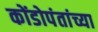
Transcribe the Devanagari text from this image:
कोंडोपंतांच्या